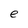
Character: e